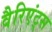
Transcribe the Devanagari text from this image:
वैरिएंट्स